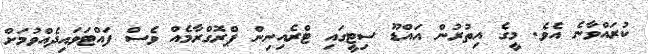
ކުރައްވާނެ އެވެ. މީގެ އިތުރުން އައްޑޫ ސިޓީގައި ޓްރެއިނިން ޕްރޮގްރާމެއް ވެސް ފައްޓަވައިދެއްވުމަށް